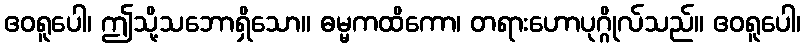
ဧဝရူပေါ၊ ဤသို့သဘောရှိသော။ ဓမ္မကထိကော၊ တရားဟောပုဂ္ဂိုလ်သည်။ ဧဝရူပေါ၊